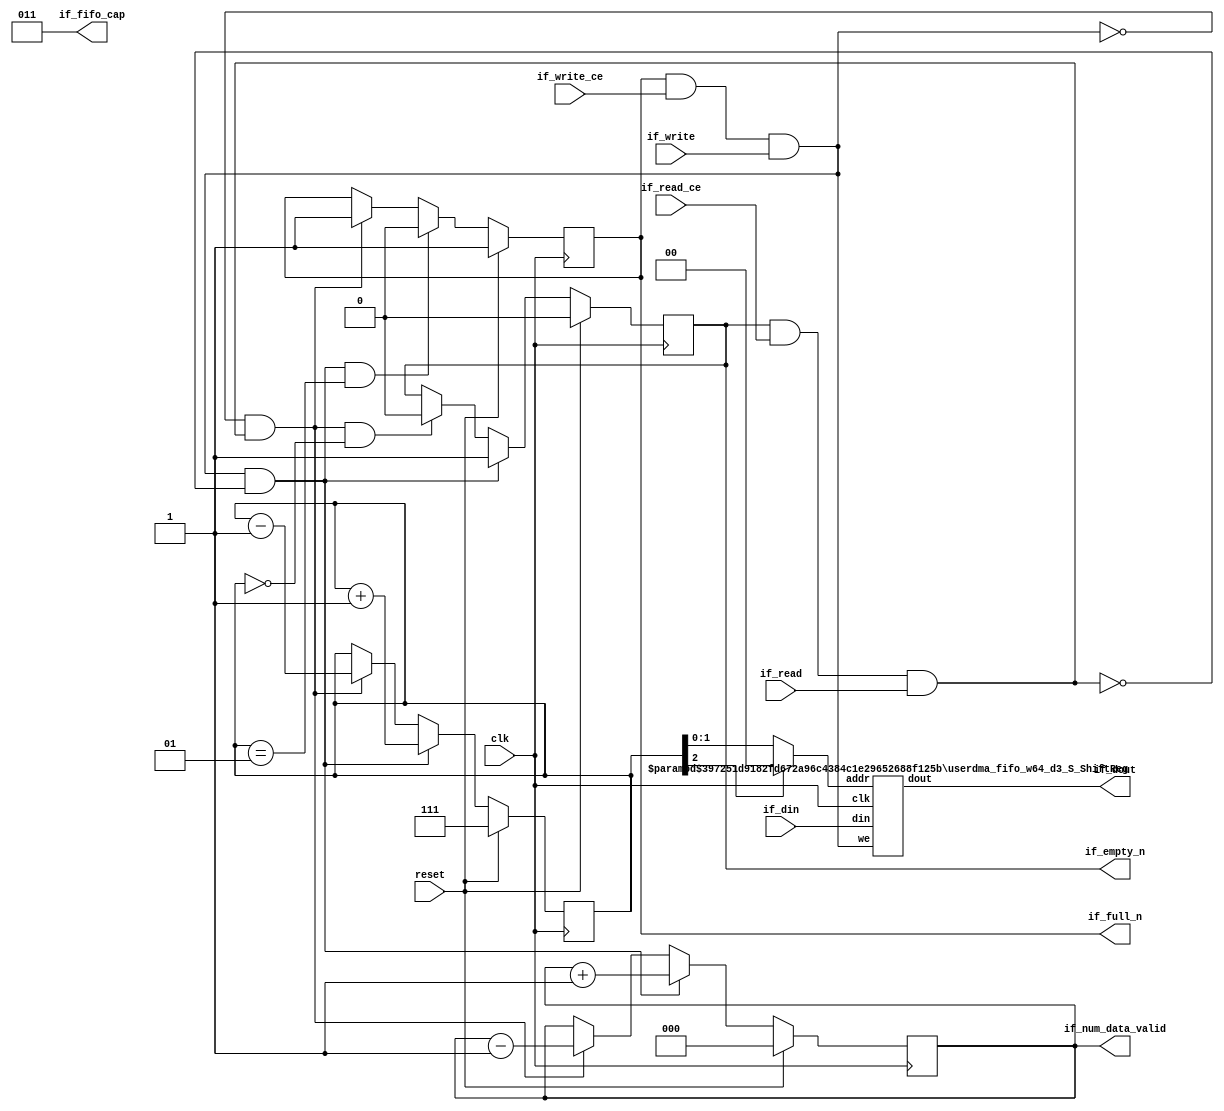
// ==============================================================
// Generated by Vitis HLS v2023.2
// Copyright 1986-2022 Xilinx, Inc. All Rights Reserved.
// Copyright 2022-2023 Advanced Micro Devices, Inc. All Rights Reserved.
// ==============================================================
// 67d7842dbbe25473c3c32b93c0da8047785f30d78e8a024de1b57352245f9689

`timescale 1ns/1ps
//RAW latency 1 

module userdma_fifo_w64_d3_S
#(parameter
    MEM_STYLE    = "shiftReg",
    DATA_WIDTH   = 64,
    ADDR_WIDTH   = 2,
    DEPTH        = 3)
(
    // system signal
    input  wire                  clk,
    input  wire                  reset,

    // write
    output wire                  if_full_n,
    input  wire                  if_write_ce,
    input  wire                  if_write,
    input  wire [DATA_WIDTH-1:0] if_din,
    
    // read 
    output wire [ADDR_WIDTH:0]   if_num_data_valid, // for FRP
    output wire [ADDR_WIDTH:0]   if_fifo_cap,       // for FRP

    output wire                  if_empty_n,
    input  wire                  if_read_ce,
    input  wire                  if_read,
    output wire [DATA_WIDTH-1:0] if_dout
);
//------------------------Parameter----------------------

//------------------------Local signal-------------------
    wire [ADDR_WIDTH-1:0] addr;
    wire                  push;
    wire                  pop;
    reg signed [ADDR_WIDTH:0] mOutPtr;
    reg                   empty_n = 1'b0;
    reg                   full_n = 1'b1; 
    // has num_data_valid? 
    reg  [ADDR_WIDTH:0]   num_data_valid; //yes 
//------------------------Instantiation------------------
    userdma_fifo_w64_d3_S_ShiftReg 
    #(  .DATA_WIDTH (DATA_WIDTH),
        .ADDR_WIDTH (ADDR_WIDTH),
        .DEPTH      (DEPTH))
    U_userdma_fifo_w64_d3_S_ShiftReg (
        .clk        (clk),
        .we         (push),
        .addr       (addr),
        .din        (if_din),
        .dout       (if_dout)
    );
//------------------------Task and function--------------

//------------------------Body---------------------------
    // num_data_valid 
    assign if_num_data_valid = num_data_valid;
    assign if_fifo_cap       = DEPTH;

    // almost full/empty 

    // program full/empty 

    assign if_full_n  = full_n; 
    assign if_empty_n = empty_n;

    assign push       = full_n & if_write_ce & if_write;
    assign pop        = empty_n & if_read_ce & if_read;

    assign addr       = mOutPtr[ADDR_WIDTH] == 1'b0 ? mOutPtr[ADDR_WIDTH-1:0] : {ADDR_WIDTH{1'b0}};

    // mOutPtr
    always @(posedge clk) begin
        if (reset)
            mOutPtr <= {ADDR_WIDTH+1{1'b1}};
        else if (push & ~pop)
            mOutPtr <= mOutPtr + 1'b1;
        else if (~push & pop)
            mOutPtr <= mOutPtr - 1'b1;
    end

    // full_n
    always @(posedge clk) begin
        if (reset)
            full_n <= 1'b1;
        else if ((push & ~pop) && (mOutPtr == DEPTH - 2))
            full_n <= 1'b0;
        else if (~push & pop)
            full_n <= 1'b1;
    end

    // empty_n
    always @(posedge clk) begin
        if (reset)
            empty_n <= 1'b0;
        else if (push & ~pop)
            empty_n <= 1'b1;
        else if ((~push & pop) && (mOutPtr == 0))
            empty_n <= 1'b0;
    end

    // almost_full_n 

    // almost_empty_n 

    // prog_full_n 
 
    // prog_empty_n 

    // num_data_valid 
    always @(posedge clk) begin
        if (reset)
            num_data_valid <= {ADDR_WIDTH+1{1'b0}};
        else if ( push & ~pop)
            num_data_valid <= num_data_valid + 1;
        else if (~push & pop)
            num_data_valid <= num_data_valid - 1;
    end // 

endmodule  


module userdma_fifo_w64_d3_S_ShiftReg
#(parameter
    DATA_WIDTH  = 64,
    ADDR_WIDTH  = 2,
    DEPTH       = 3)
(
    input  wire                  clk,
    input  wire                  reset,
    input  wire                  we,
    input  wire [ADDR_WIDTH-1:0] addr,
    input  wire [DATA_WIDTH-1:0] din,
    output wire [DATA_WIDTH-1:0] dout
);

    reg [DATA_WIDTH-1:0] SRL_SIG [0:DEPTH-1];
    integer i;

    always @ (posedge clk) begin
        if (we) begin
            for (i=0; i<DEPTH-1; i=i+1)
                SRL_SIG[i+1] <= SRL_SIG[i];
            SRL_SIG[0] <= din;
        end
    end

    assign dout = SRL_SIG[addr];

endmodule